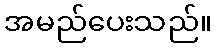
အမည်ပေးသည်။